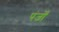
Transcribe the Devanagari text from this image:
पंजोँ